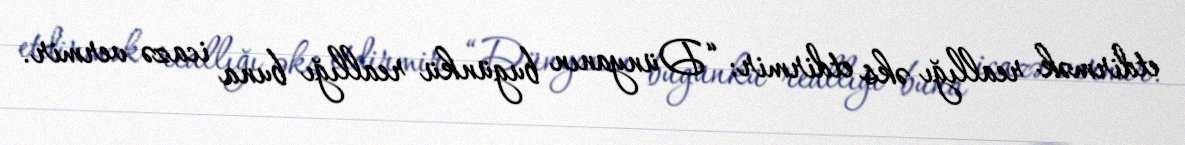
etdirmək reallığı əks etdirmir: “Dünyanın bugünkü reallığı buna icazə vermir.